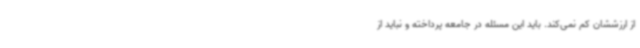
از ارزششان کم نمی‌کند. باید این مسئله در جامعه پرداخته و نباید از